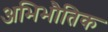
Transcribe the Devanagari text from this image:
अभिभौतिक